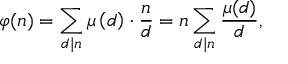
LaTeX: \varphi ( n ) = \sum _ { d \mid n } \mu \left( d \right) \cdot { \frac { n } { d } } = n \sum _ { d \mid n } { \frac { \mu ( d ) } { d } } ,